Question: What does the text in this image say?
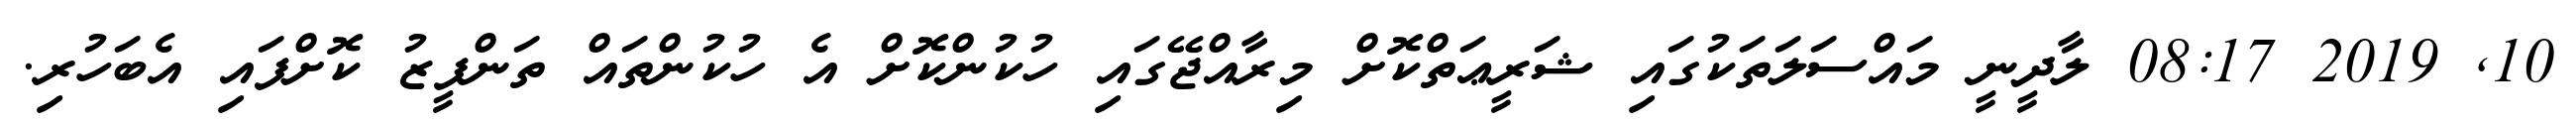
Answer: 10, 2019 08:17 ލާދީނީ މައްސަލަތަކުގައި ޝަރީޢަތްކޮށް މިރާއްޖޭގައި ހުކުންކޮށް އެ ހުކުންތައް ތަންފީޒު ކޮށްފައި އެބަހުރި.